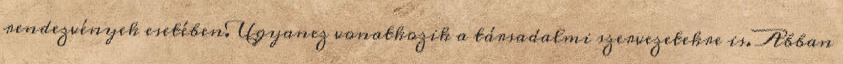
rendezvények esetében. Ugyanez vonatkozik a társadalmi szervezetekre is. Abban